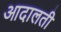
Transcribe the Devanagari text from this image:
आदालती